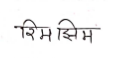
मजकूर: रिमझिम